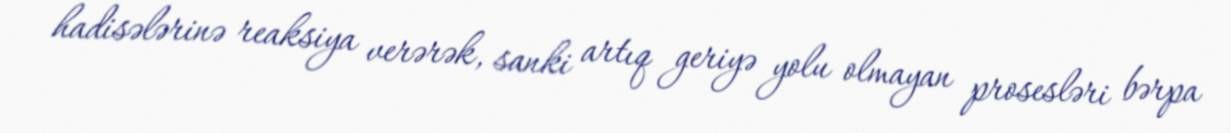
hadisələrinə reaksiya verərək, sanki artıq geriyə yolu olmayan prosesləri bərpa